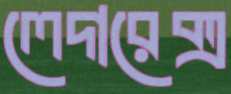
লেদারেক্স